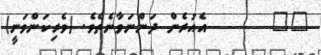
٨٧       އެއުރެން ދަންނަވާނެތެވެ. (ވެރިކަންވަނީ)